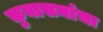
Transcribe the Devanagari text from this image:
कुवासनांचा